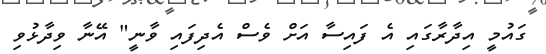
ގައުމީ އިދާރާގައި އެ ފައިސާ އަށް ވެސް އެދިފައި ވާނީ" އޭނާ ވިދާޅުވި